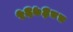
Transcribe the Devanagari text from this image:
५६७३८८